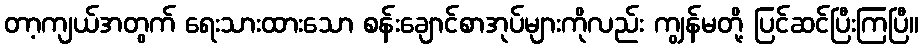
တာ့ကျယ်အတွက် ရေးသားထားသော စန်းချောင်စာအုပ်များကိုလည်း ကျွန်မတို့ ပြင်ဆင်ပြီးကြပြီ။